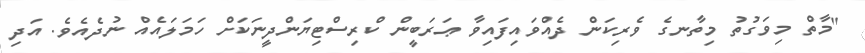
"މާތް މިވަގުތު މިތާނގެ ވެރިކަން ދެއްވައިފައިވާ ޢަރަބީން ކްރިސްޓިޔަންދީނަކަށް ހަމަލައެއް ނުދެއެވެ. އަދި